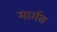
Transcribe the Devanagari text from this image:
मार्गव